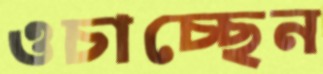
ওচাচ্ছেন